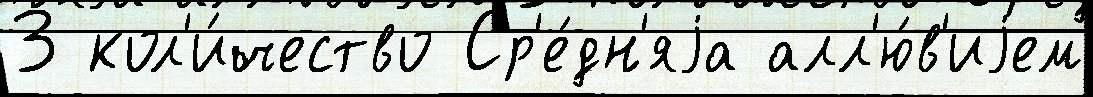
3 кол'и́чество Ср'е́дн'яjа алл'ю́в'иjем